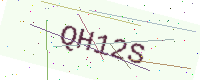
Text: QH12S